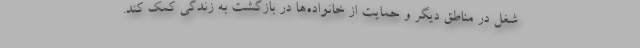
شغل در مناطق دیگر و حمایت از خانواده‌ها در بازگشت به زندگی کمک کند.